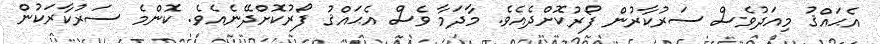
އެޙައްޤު މިއަދުވެސް ސަރުކާރުން ފޯރުކޮށްދެއެވެ. މާދަމާ ވެސް އެޙައްޤު ފޯރުކޮށްދޭނެއެވެ. ކޮންމެ ސަރުކާރަކުން